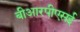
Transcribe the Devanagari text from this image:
बीआरपीएसई